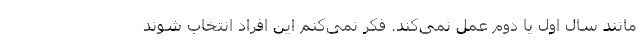
مانند سال اول یا دوم عمل نمی‌كند. فكر نمی‌كنم این افراد انتخاب شوند